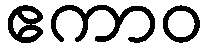
ဧကာဝ